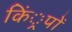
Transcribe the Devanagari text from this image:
किं्रपों